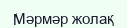
Мәрмәр жолақ